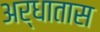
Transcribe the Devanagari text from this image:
अर्धातास